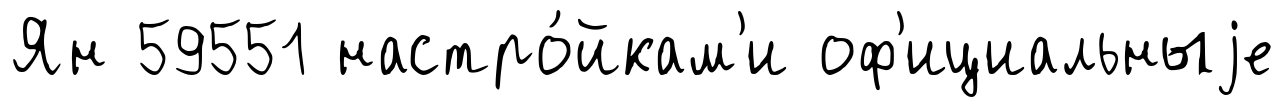
Ян 59551 настро́йкам'и оф'ициальныjе